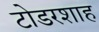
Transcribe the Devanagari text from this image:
टोडरशाह